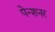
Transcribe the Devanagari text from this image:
पेन्शनर